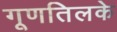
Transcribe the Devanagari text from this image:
गूणतिलके